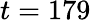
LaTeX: t=179